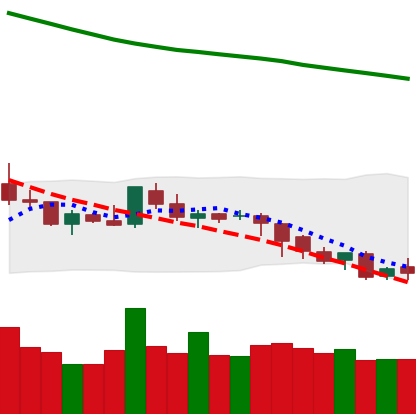
Ticker: LTC-USD
Chart end date: 2018-08-06
Forward return: -21.017%
Label: down_7plus